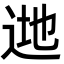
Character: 逇